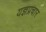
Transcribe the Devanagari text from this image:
यज्ञप्रचार